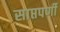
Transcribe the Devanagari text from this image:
साप्तपर्णी